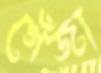
গেঁজা